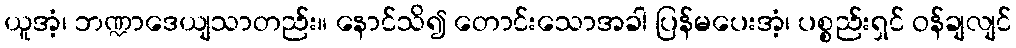
ယူအံ့၊ ဘဏ္ဍာဒေယျသာတည်း။ နောင်သိ၍ တောင်းသောအခါ ပြန်မပေးအံ့၊ ပစ္စည်းရှင် ဝန်ချလျင်